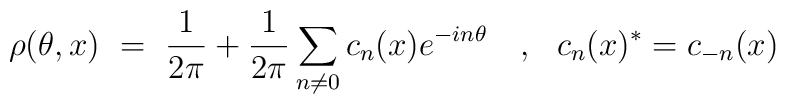
\rho(\theta,x)~=~\frac{1}{2\pi}+\frac{1}{2\pi}\sum_{n\neq 0}c_n(x) e^{-in\theta}~~~,~~c_n(x)^*= c_{-n}(x)